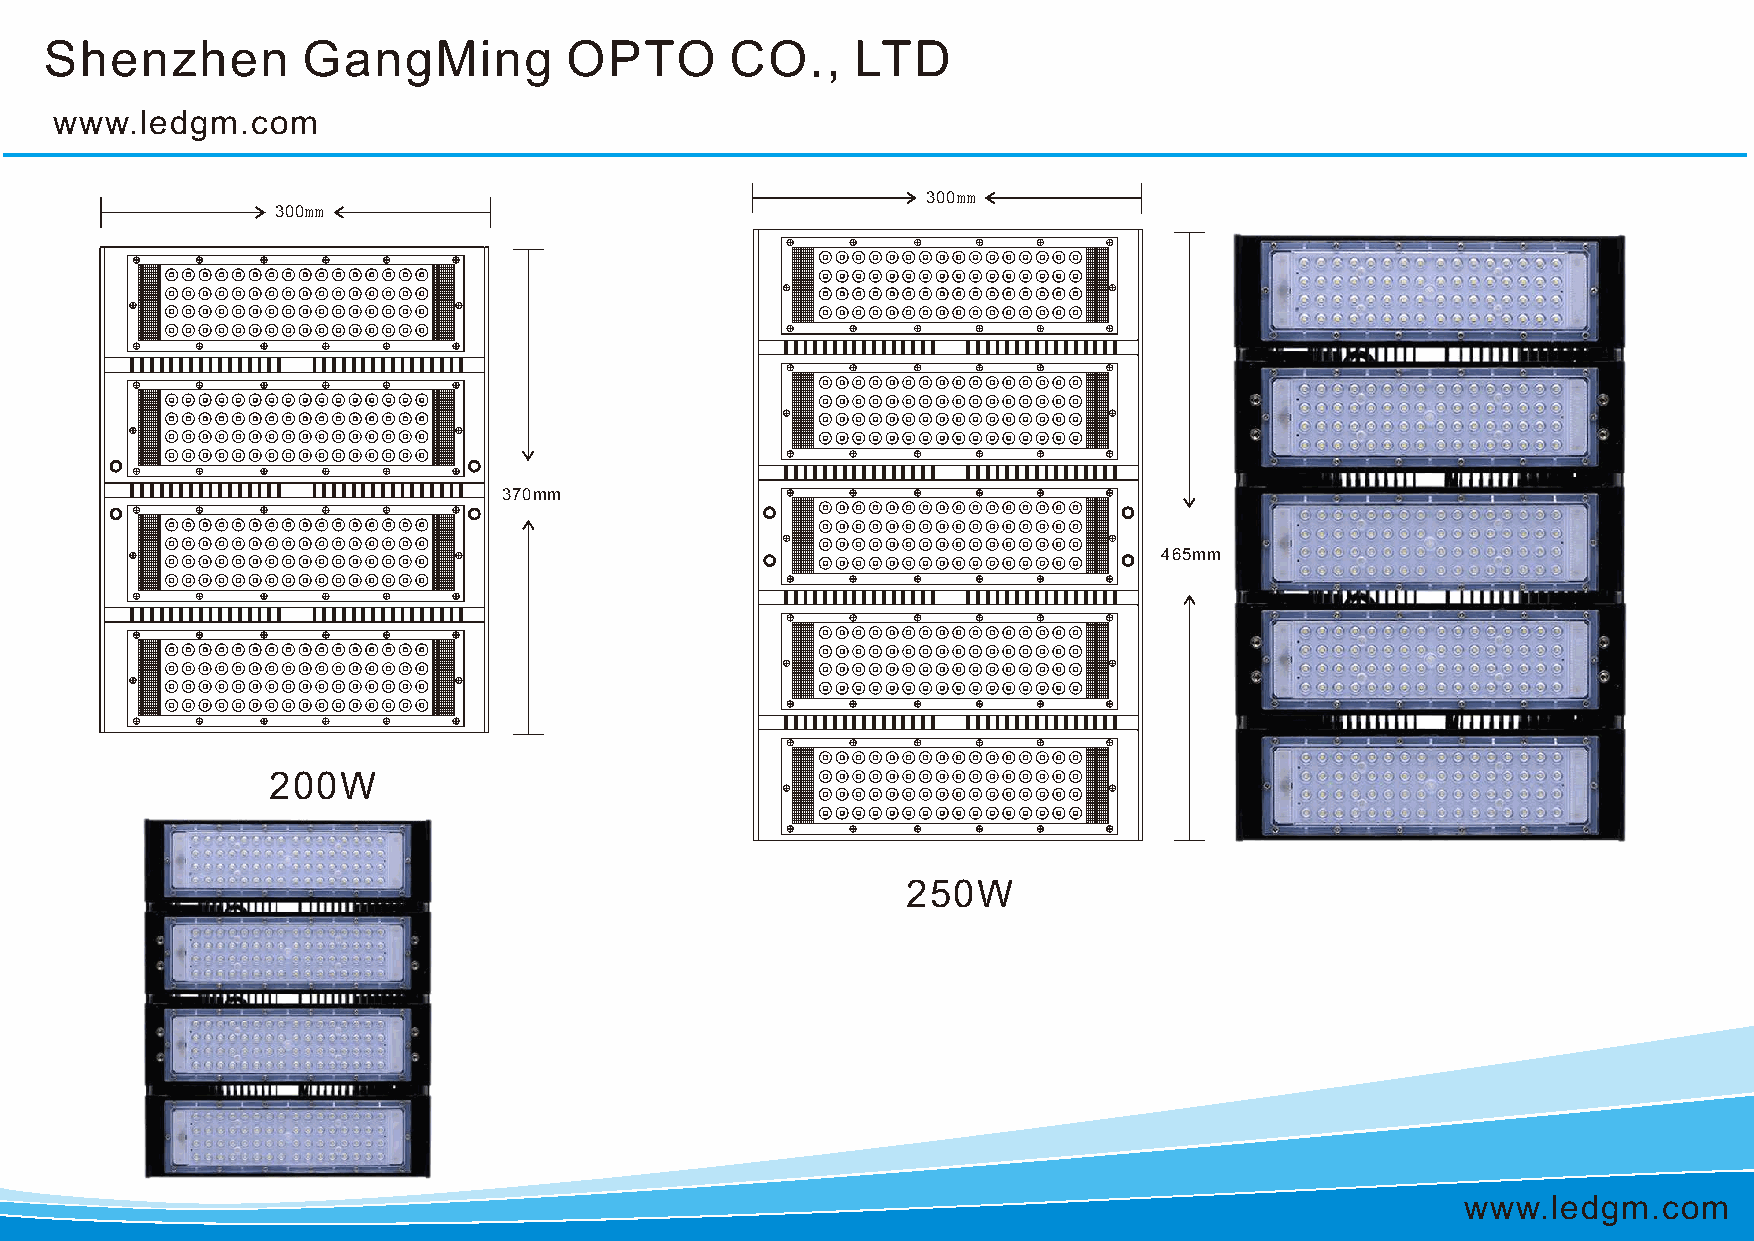
Shenzhen         GangMing         OPTO       CO.,     LTD
 www.ledgm.com
 300mm
 300mm
 370mm
 465mm
 200W
 250W
 www.ledgm.com